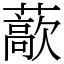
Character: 藃